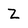
Character: Z